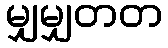
မျှမျှတတ